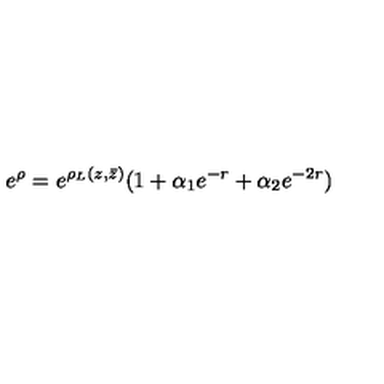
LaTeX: e ^ { \rho } = e ^ { \rho _ { L } ( z , \bar { z } ) } ( 1 + \alpha _ { 1 } e ^ { - r } + \alpha _ { 2 } e ^ { - 2 r } )